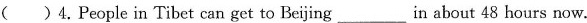
（ ）4. People in Tibet can get to Beijing___in about 48 hours now.